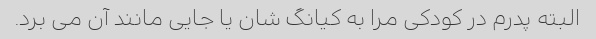
البته پدرم در کودکی مرا به کیانگ شان یا جایی مانند آن می برد.